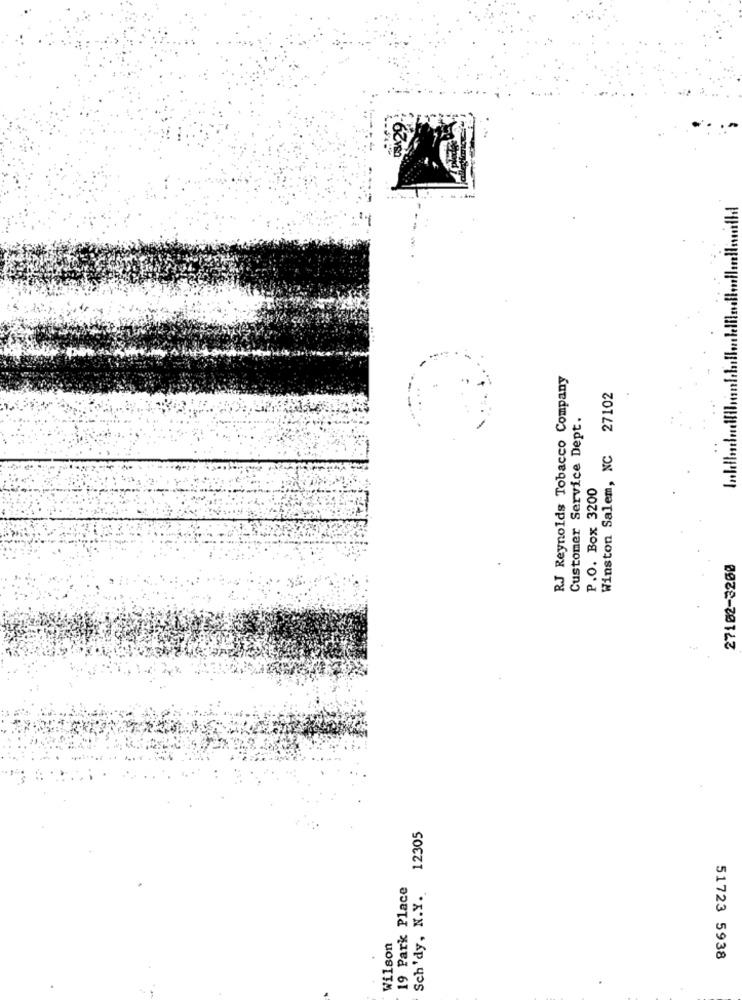
329
RJ Reynolds Tobacco Company
Winston Salem, NC 27102
Customer Service Dept.
P.O. Box 3200
27102-3200
Sch'dy, N.Y. 12305
19 Park Place
Wilson
51723 5938